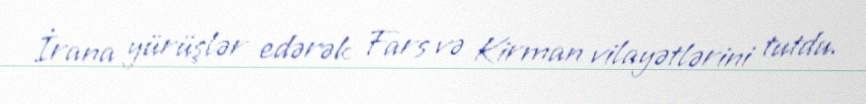
İrana yürüşlər edərək Fars və Kirman vilayətlərini tutdu.